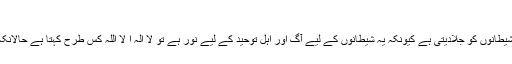
اوّل الفتوح)
* توحیدِ باری تعالیٰ انسان اور جنات کے شیطانوں کو جلادیتی ہے کیونکہ یہ شیطانوں کے لیے آگ اور اہلِ توحید کے لیے نور ہے تُو لَآ اِلٰہَ اِ لَّا اللّٰہُ کس طرح کہتا ہے حالانکہ تیرے دل میں بکثرت معبود مو جود ہیں۔